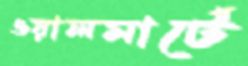
ওয়ালমার্টে